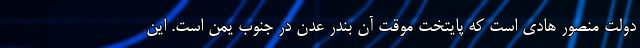
دولت منصور هادی است که پایتخت موقت آن بندر عدن در جنوب یمن است. این